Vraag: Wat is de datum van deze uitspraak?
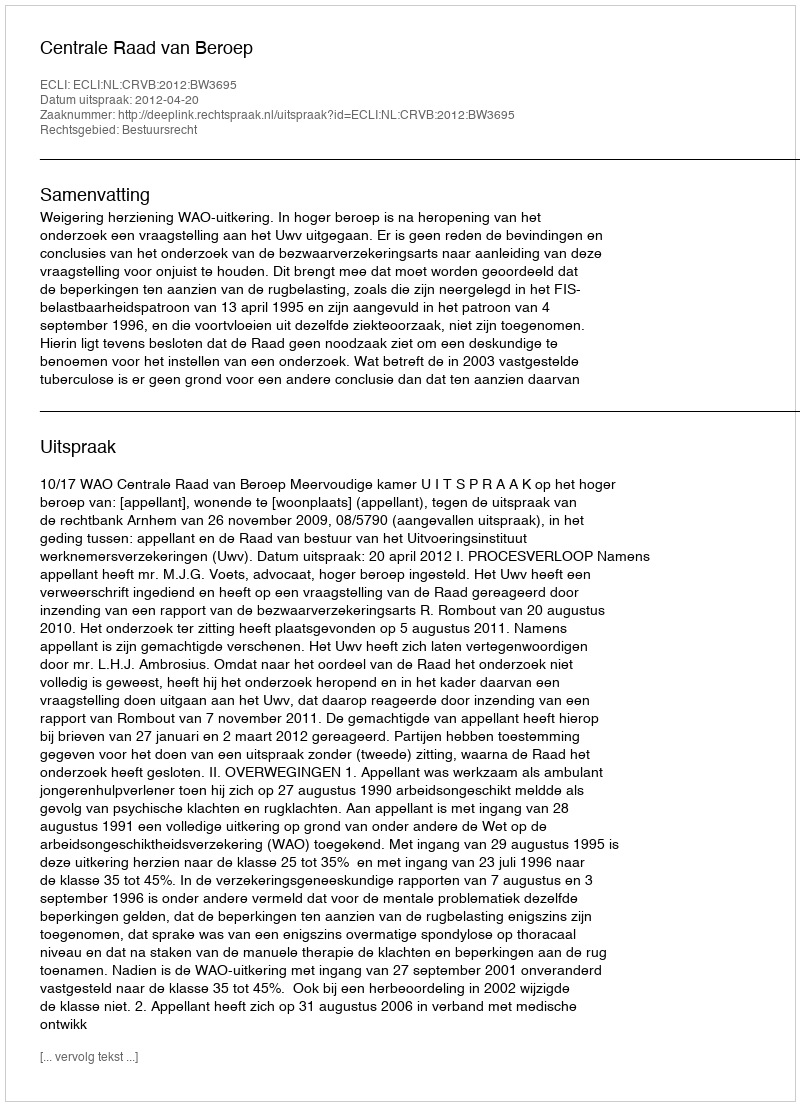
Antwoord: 2012-04-20